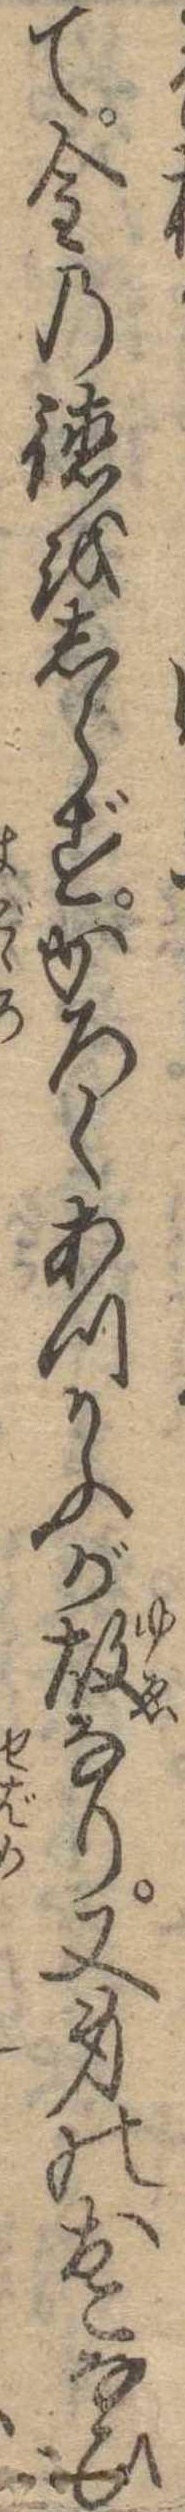
て金の徳をしらずかろくあつかふが故なり又身のおこなひ